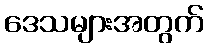
ဒေသများအတွက်